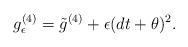
LaTeX: \begin{align*}g^{(4)}_{\epsilon}=\tilde g^{(4)}+\epsilon(dt+\theta)^2.\end{align*}